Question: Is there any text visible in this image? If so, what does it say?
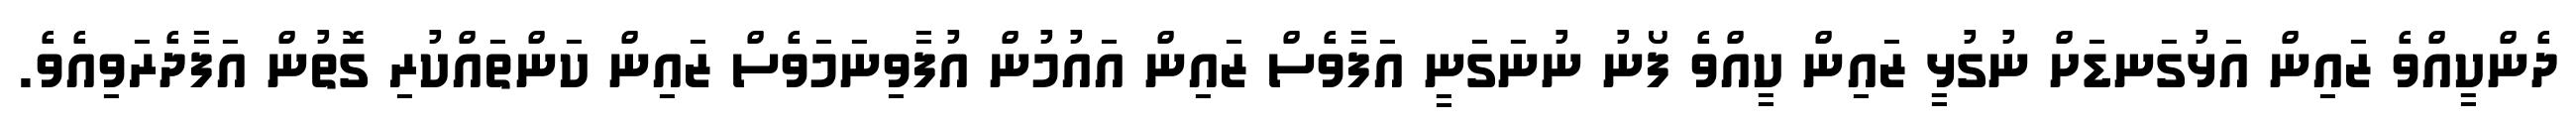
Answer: ދެންކީއްވެ ޒައިން އަޅުގަނޑަށް ނުގުޅީ ޒައިން ކީއްވެ ފޯނު ނުނަގަނީ އަފާވެސް ޒައިން އައުމުން އުފާވިނަމަވެސް ޒައިން ކަންތައްކުރި ގޮތުން އަފާދެރަވިއެވެ.